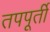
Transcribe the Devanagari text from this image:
तपपूर्ती